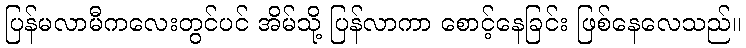
ပြန်မလာမီကလေးတွင်ပင် အိမ်သို့ ပြန်လာကာ စောင့်နေခြင်း ဖြစ်နေလေသည်။